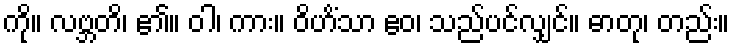
ကို။ လဗ္ဘတိ၊ ၏။ ဝါ၊ ကား။ ဝိဟိံသာ ဧဝ၊ သည်ပင်လျှင်။ ဓာတု၊ တည်း။